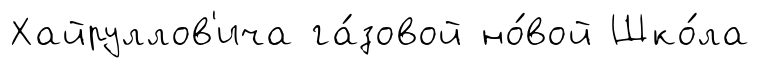
Хайруллов'ича га́зовой но́вой Шко́ла